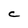
Character: C